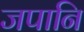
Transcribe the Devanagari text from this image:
जपानि